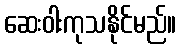
ဆေးဝါးကုသနိုင်မည်။